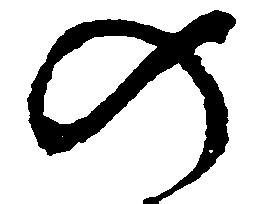
の